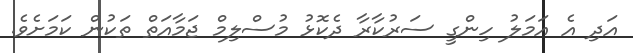
އަދި އެ އަމަލު ހިންގީ ސަރުކާރާ ދެކޮޅު މުސްލިމް ޖަމާއަތް ތަކުން ކަމަށެވެ.